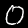
Label: 0